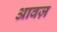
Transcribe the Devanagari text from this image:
आवज़